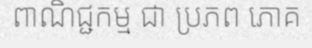
ពាណិជ្ជកម្ម ជា ប្រភព ភោគ